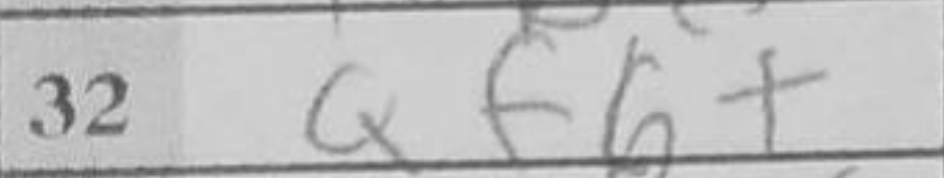
Transcription: Qf6+